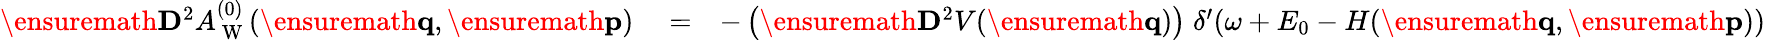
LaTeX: \begin{array}{rlr}{\ensuremath{\mathbf{D}}^{2}A_{\mathrm{~W~}}^{(0)}(\ensuremath{\mathbf{q}},\ensuremath{\mathbf{p}})}&{{}=}&{-\left(\ensuremath{\mathbf{D}}^{2}V(\ensuremath{\mathbf{q}})\right)\; \delta^{\prime}\! \left(\omega+E_{0}-H(\ensuremath{\mathbf{q}},\ensuremath{\mathbf{p}})\right)}\end{array}